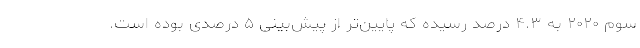
سوم ۲۰۲۰ به ۴.۳ درصد رسیده که پایین‌تر از پیش‌بینی ۵ درصدی بوده است.